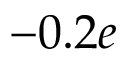
- 0 . 2 e